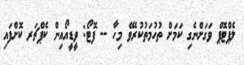
ލެޕްޓޮޕް ވަގަށްނެގި ކަމަށް ތުހުމަތުކުރެވޭ މިހާ -- ފޮޓޯ: ވީޑީއޯއިން ކެޕްޗަރ ކޮށްފައި